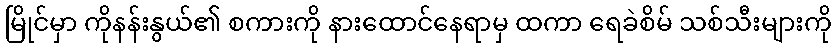
မြိုင်မှာ ကိုနန်းနွယ်၏ စကားကို နားထောင်နေရာမှ ထကာ ရေခဲစိမ် သစ်သီးများကို